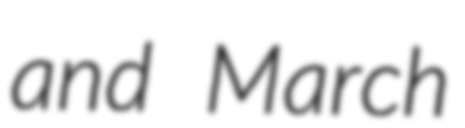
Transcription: and March